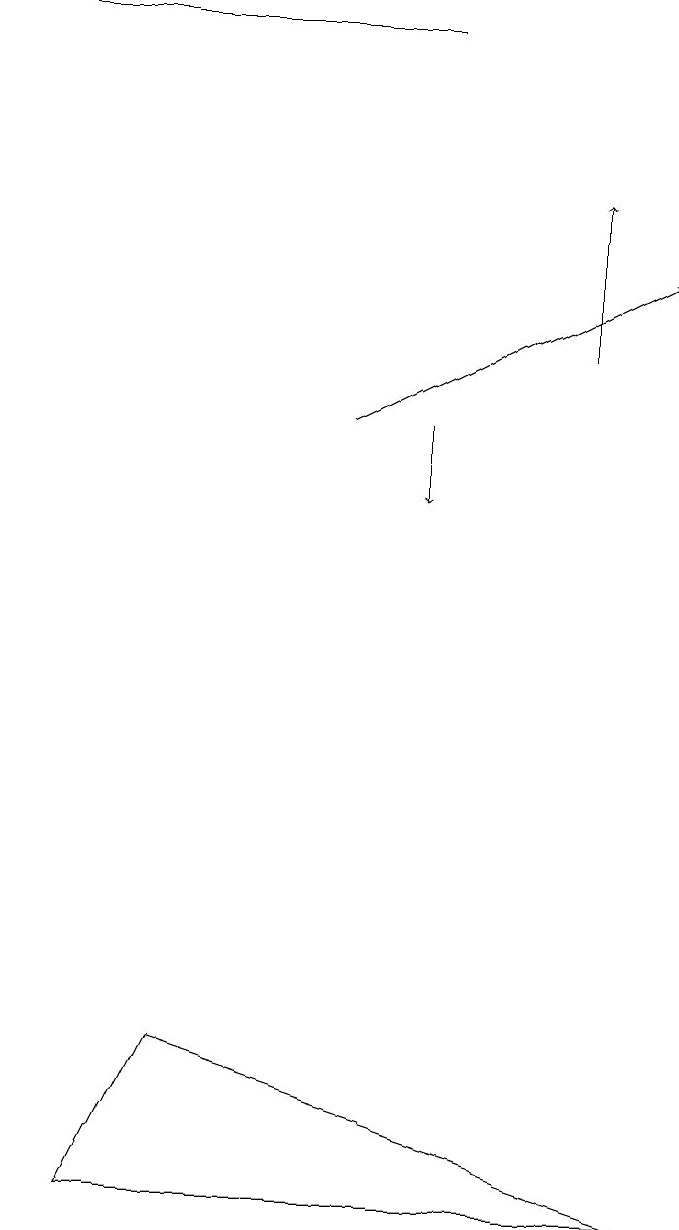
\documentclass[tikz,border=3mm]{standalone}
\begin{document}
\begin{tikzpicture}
\draw (5,19) rectangle (0,19);
\draw (1,4) -- (8,4) -- (2,6) -- cycle;
\draw[->] (4,14) -- (8,16);
\draw[->] (7,15) -- (7,17);
\draw[->] (5,14) -- (5,13);
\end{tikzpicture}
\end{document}